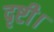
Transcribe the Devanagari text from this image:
दृष्टी।